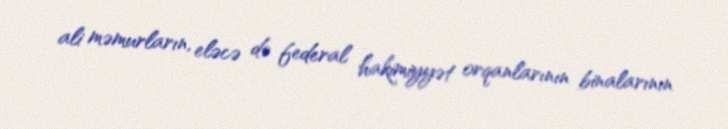
ali məmurların, eləcə də federal hakimiyyət orqanlarının binalarının